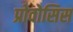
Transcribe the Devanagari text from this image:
प्रोवोसिस